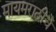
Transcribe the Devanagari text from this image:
मायमराठीचे